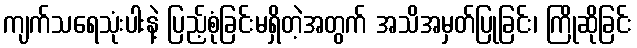
ကျက်သရေသုံးပါးနဲ့ ပြည့်စုံခြင်းမရှိတဲ့အတွက် အသိအမှတ်ပြုခြင်း၊ ကြိုဆိုခြင်း